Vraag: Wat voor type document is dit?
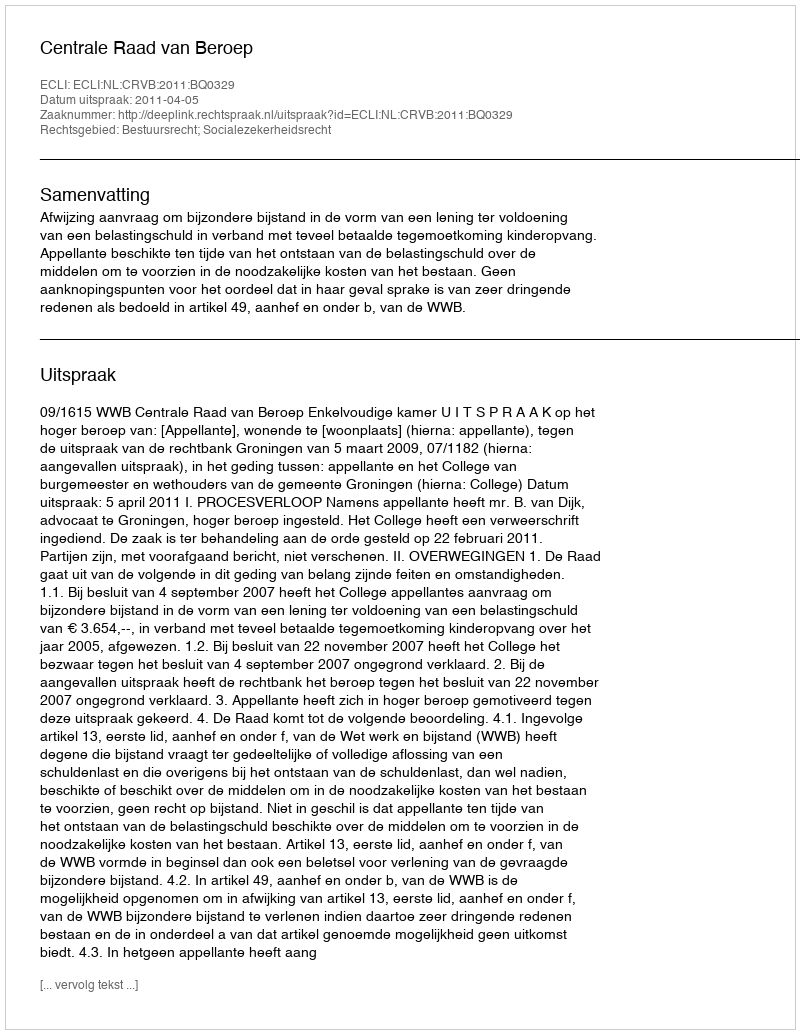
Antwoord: Uitspraak